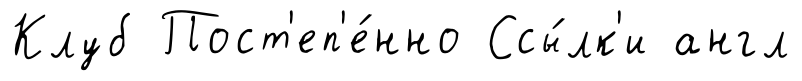
Клуб Пост'еп'е́нно Ссы́лк'и англ